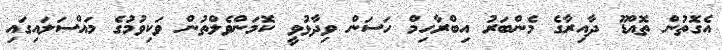
އެގޮތުން ތޮއްޑޫ ދާއިރާގެ މެންބަރު އިބްރާހިމް ހަސަން ވިދާޅުވީ ކޮމަންވެލްތުން ވަކިވުމުގެ މައްސަލައިގައި